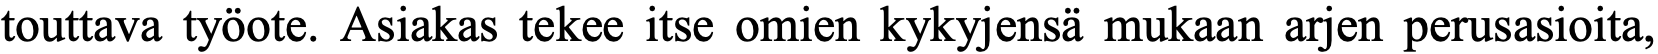
touttava työote. Asiakas tekee itse omien kykyjensä mukaan arjen perusasioita,